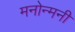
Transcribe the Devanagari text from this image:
मनोन्मनी